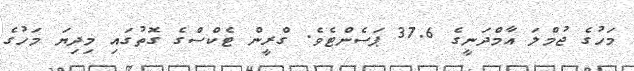
މަހުގެ ޖުމްލަ އާމްދަނީގެ 37.6 ޕަސެންޓެވެ. ގްރީން ޓެކްސްގެ ގޮތުގައި މިދިޔަ މަހުގެ